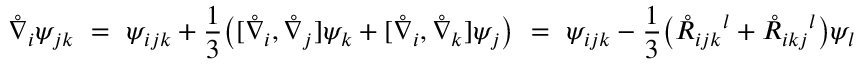
\mathring { \nabla } _ { i } \psi _ { j k } \ = \ \psi _ { i j k } + \frac 1 3 \big ( [ \mathring { \nabla } _ { i } , \mathring { \nabla } _ { j } ] \psi _ { k } + [ \mathring { \nabla } _ { i } , \mathring { \nabla } _ { k } ] \psi _ { j } \big ) \ = \ \psi _ { i j k } - \frac 1 3 \big ( \mathring { R } _ { i j k } { } ^ { l } + \mathring { R } _ { i k j } { } ^ { l } \big ) \psi _ { l }